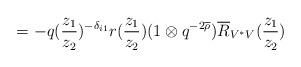
LaTeX: \begin{align*}\hspace{.745in} = -q(\frac{z_1}{z_2})^{-\delta_{i1}} r(\frac{z_1}{z_2}) (1 \otimes q^{-2 \overline{\rho}}) \overline{R}_{V^* V}(\frac{z_1}{z_2})\end{align*}